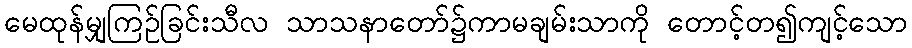
မေထုန်မျှကြဉ်ခြင်းသီလ သာသနာတော်၌ကာမချမ်းသာကို တောင့်တ၍ကျင့်သော